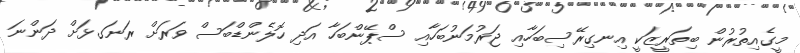
މީގެއިތުރުން ބިތަރީޒަކީ އިނގިރޭސިބަހާއި ޖަރުމަނުބަހާއި ސްޕޭންބަހާ އަދި ހޮލެންޑްބަސް ވަރަށް ރަނަގޅަށް ދަންނަ